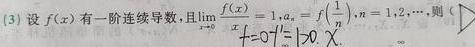
(3) 设$f(x)$有一阶连续导数,且$\lim\limits_{x \to 0} \frac{f(x)}{x}=1,a_{n}=f(\frac{1}{n}),n = 1,2,\cdots$,则（ ）